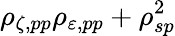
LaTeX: \rho_{\zeta,pp}\rho_{\varepsilon,pp}+\rho_{sp}^{2}